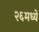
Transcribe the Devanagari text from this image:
२६मध्ये